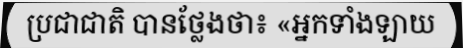
ប្រជាជាតិ បានថ្លែងថា៖ «អ្នកទាំងឡាយ